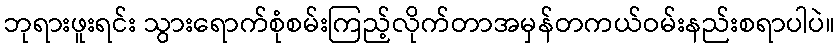
ဘုရားဖူးရင်း သွားရောက်စုံစမ်းကြည့်လိုက်တာအမှန်တကယ်ဝမ်းနည်းစရာပါပဲ။